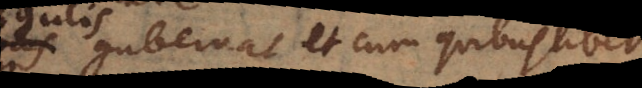
gubernat et cum quibuslibet